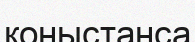
қоныстанса